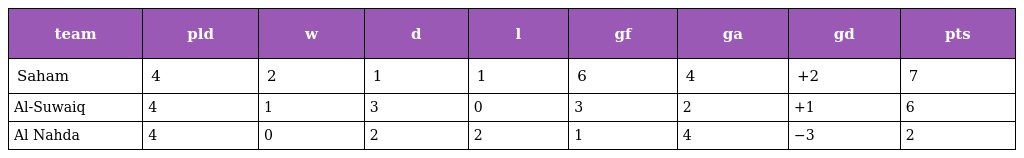
| team | pld | w | d | l | gf | ga | gd | pts |
 | --- | --- | --- | --- | --- | --- | --- | --- | --- |
 | Saham | 4 | 2 | 1 | 1 | 6 | 4 | +2 | 7 |
 | Al-Suwaiq | 4 | 1 | 3 | 0 | 3 | 2 | +1 | 6 |
 | Al Nahda | 4 | 0 | 2 | 2 | 1 | 4 | −3 | 2 |